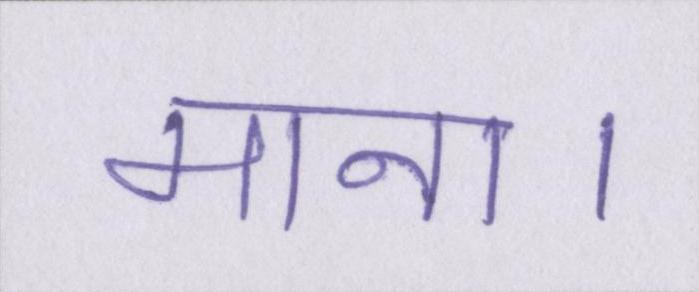
माना।